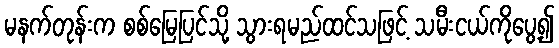
မနက်တုန်းက စစ်မြေပြင်သို့ သွားရမည်ထင်သဖြင့် သမီးငယ်ကိုပွေ့၍